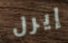
إيرل